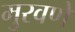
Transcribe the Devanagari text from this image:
मुरवणे